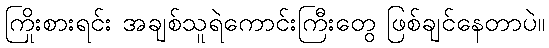
ကြိုးစားရင်း အချစ်သူရဲကောင်းကြီးတွေ ဖြစ်ချင်နေတာပဲ။